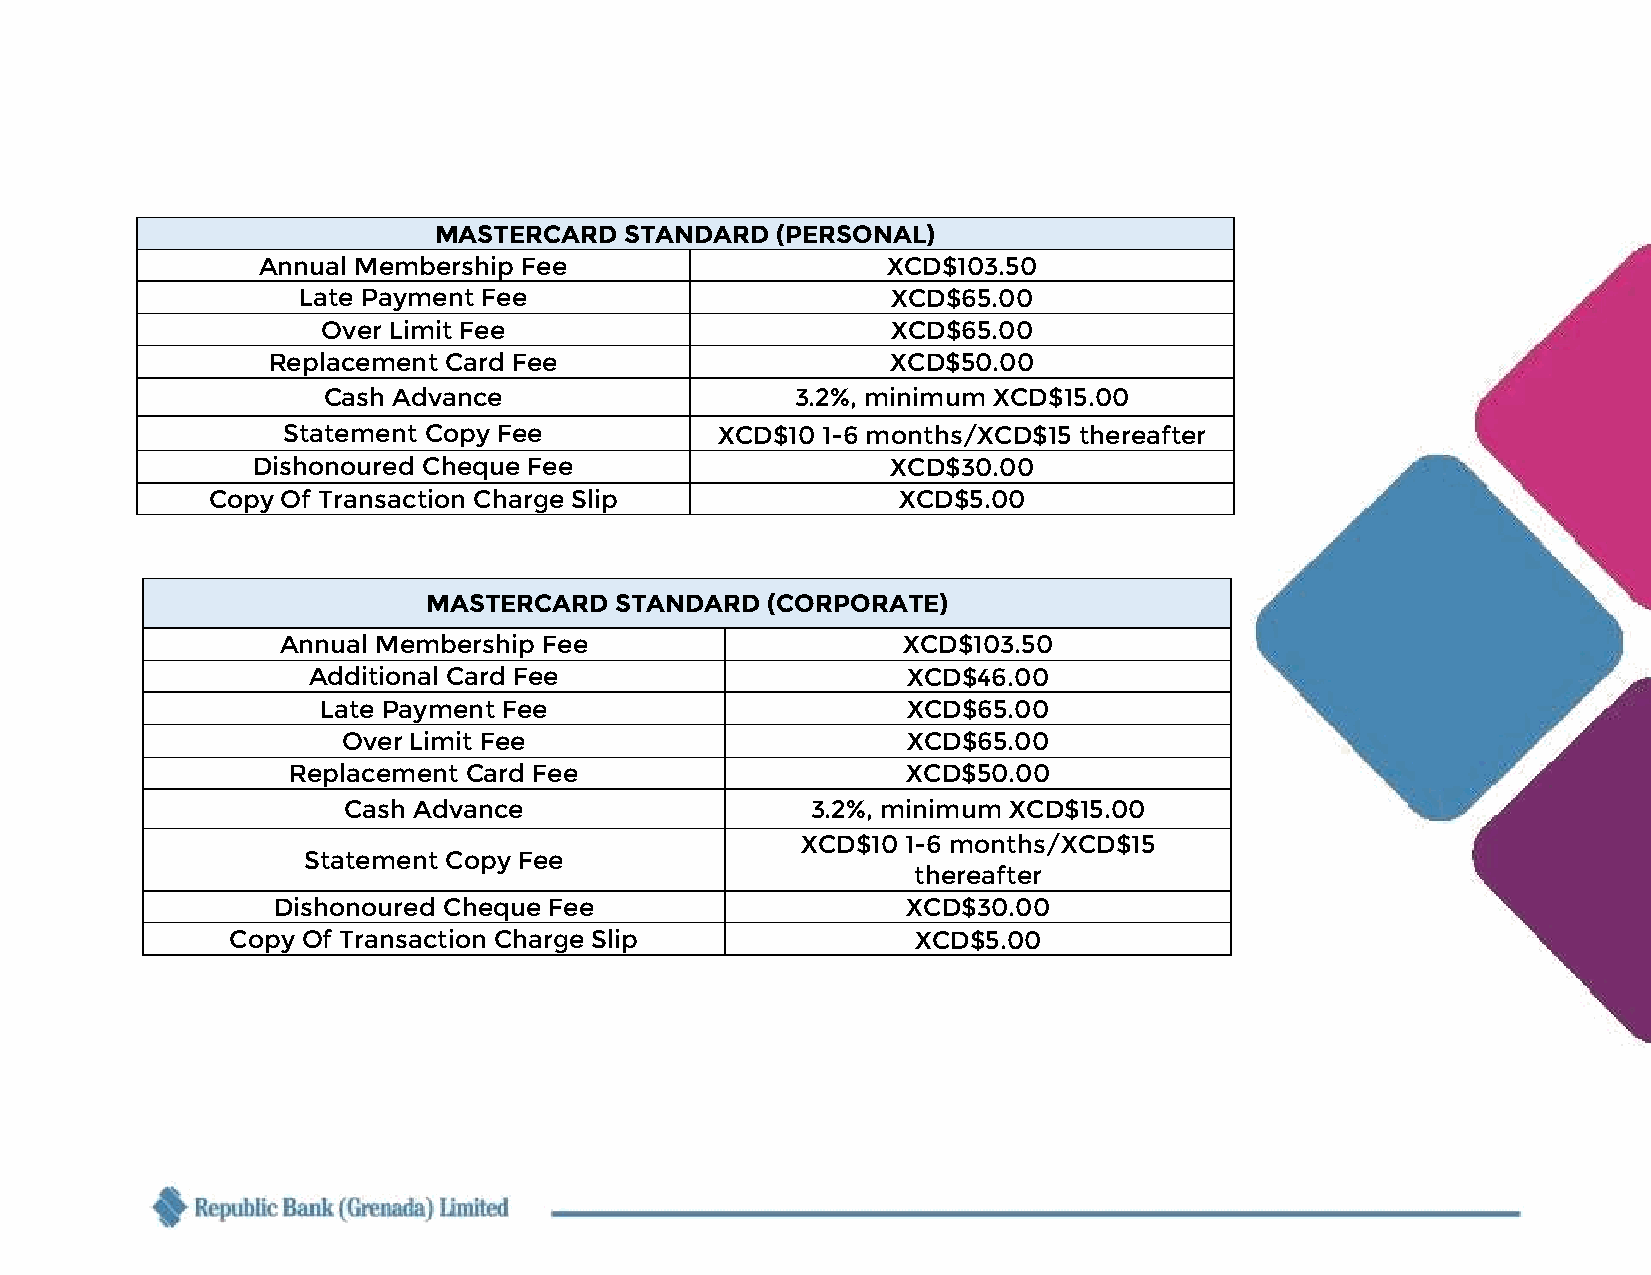
MASTERCARD  STANDARD  (PERSONAL)
 Annual Membership Fee                     XCD$103.50
 Late Payment Fee                       XCD$65.00
 Over Limit Fee                        XCD$65.00
 Replacement Card Fee                     XCD$50.00
 Cash Advance                    3.2%, minimum XCD$15.00
 Statement Copy Fee          XCD$10 1-6 months/XCD$15 thereafter
 Dishonoured Cheque Fee                    XCD$30.00
 Copy Of Transaction Charge Slip              XCD$5.00
 MASTERCARD   STANDARD  (CORPORATE)
 Annual Membership Fee                    XCD$103.50
 Additional Card Fee                     XCD$46.00
 Late Payment Fee                       XCD$65.00
 Over Limit Fee                       XCD$65.00
 Replacement Card Fee                     XCD$50.00
 Cash Advance                   3.2%, minimum XCD$15.00
 XCD$10 1-6 months/XCD$15
 Statement Copy Fee
 thereafter
 Dishonoured Cheque Fee                    XCD$30.00
 Copy Of Transaction Charge Slip               XCD$5.00